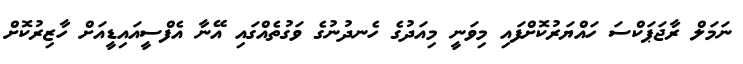
ނަމަލް ރާޖަޕަކްސަ ހައްޔަރުކޮށްފައި މިވަނީ މިއަދުގެ ހެނދުނުގެ ވަގުތެއްގައި އޭނާ އެފްސީއައިޑީއަށް ހާޒިރުކޮށް